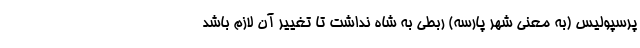
پرسپولیس (به معنی شهر پارسه) ربطی به شاه نداشت تا تغییر آن لازم باشد